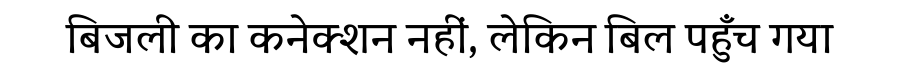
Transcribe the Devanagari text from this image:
बिजली का कनेक्शन नहीं, लेकिन बिल पहुँच गया